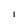
Character: I